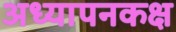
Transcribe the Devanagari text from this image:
अध्यापनकक्ष